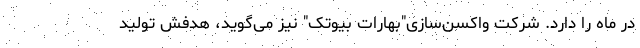
در ماه را دارد. شرکت واکسن‌سازی"بهارات بیوتک" نیز می‌گوید، هدفش تولید